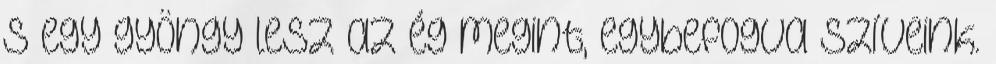
s egy gyöngy lesz az ég megint, egybefogva szíveink.